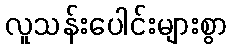
လူသန်းပေါင်းများစွာ